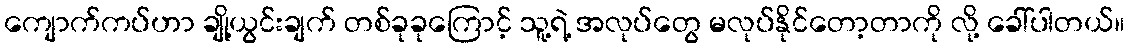
ကျောက်ကပ်ဟာ ချို့ယွင်းချက် တစ်ခုခုကြောင့် သူ့ရဲ့ အလုပ်တွေ မလုပ်နိုင်တော့တာကို လို့ ခေါ်ပါတယ်။